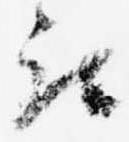
被